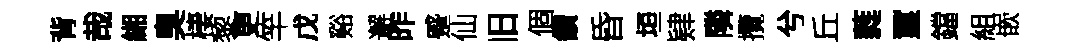
背哉緗臭棲黎更竿戊谿邂昨蹙仙旧個鑽昏垣肄隣攬兮丘蕤璽鐺組嵌